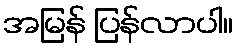
အမြန် ပြန်လာပါ။